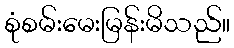
စုံစမ်းမေးမြန်းမိသည်။